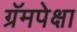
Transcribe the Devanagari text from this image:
ग्रॅमपेक्षा